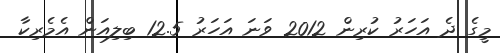
މީގެ ދެ އަހަރު ކުރިން 2012 ވަނަ އަހަރު 12.5 ބިލިއަން އެމެރިކާ